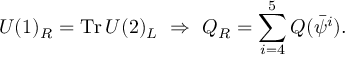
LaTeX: U ( 1 ) _ { R } = \mathrm { T r } \, U ( 2 ) _ { L } ~ \Rightarrow ~ Q _ { R } = \sum _ { i = 4 } ^ { 5 } Q ( { \bar { \psi } } ^ { i } ) .